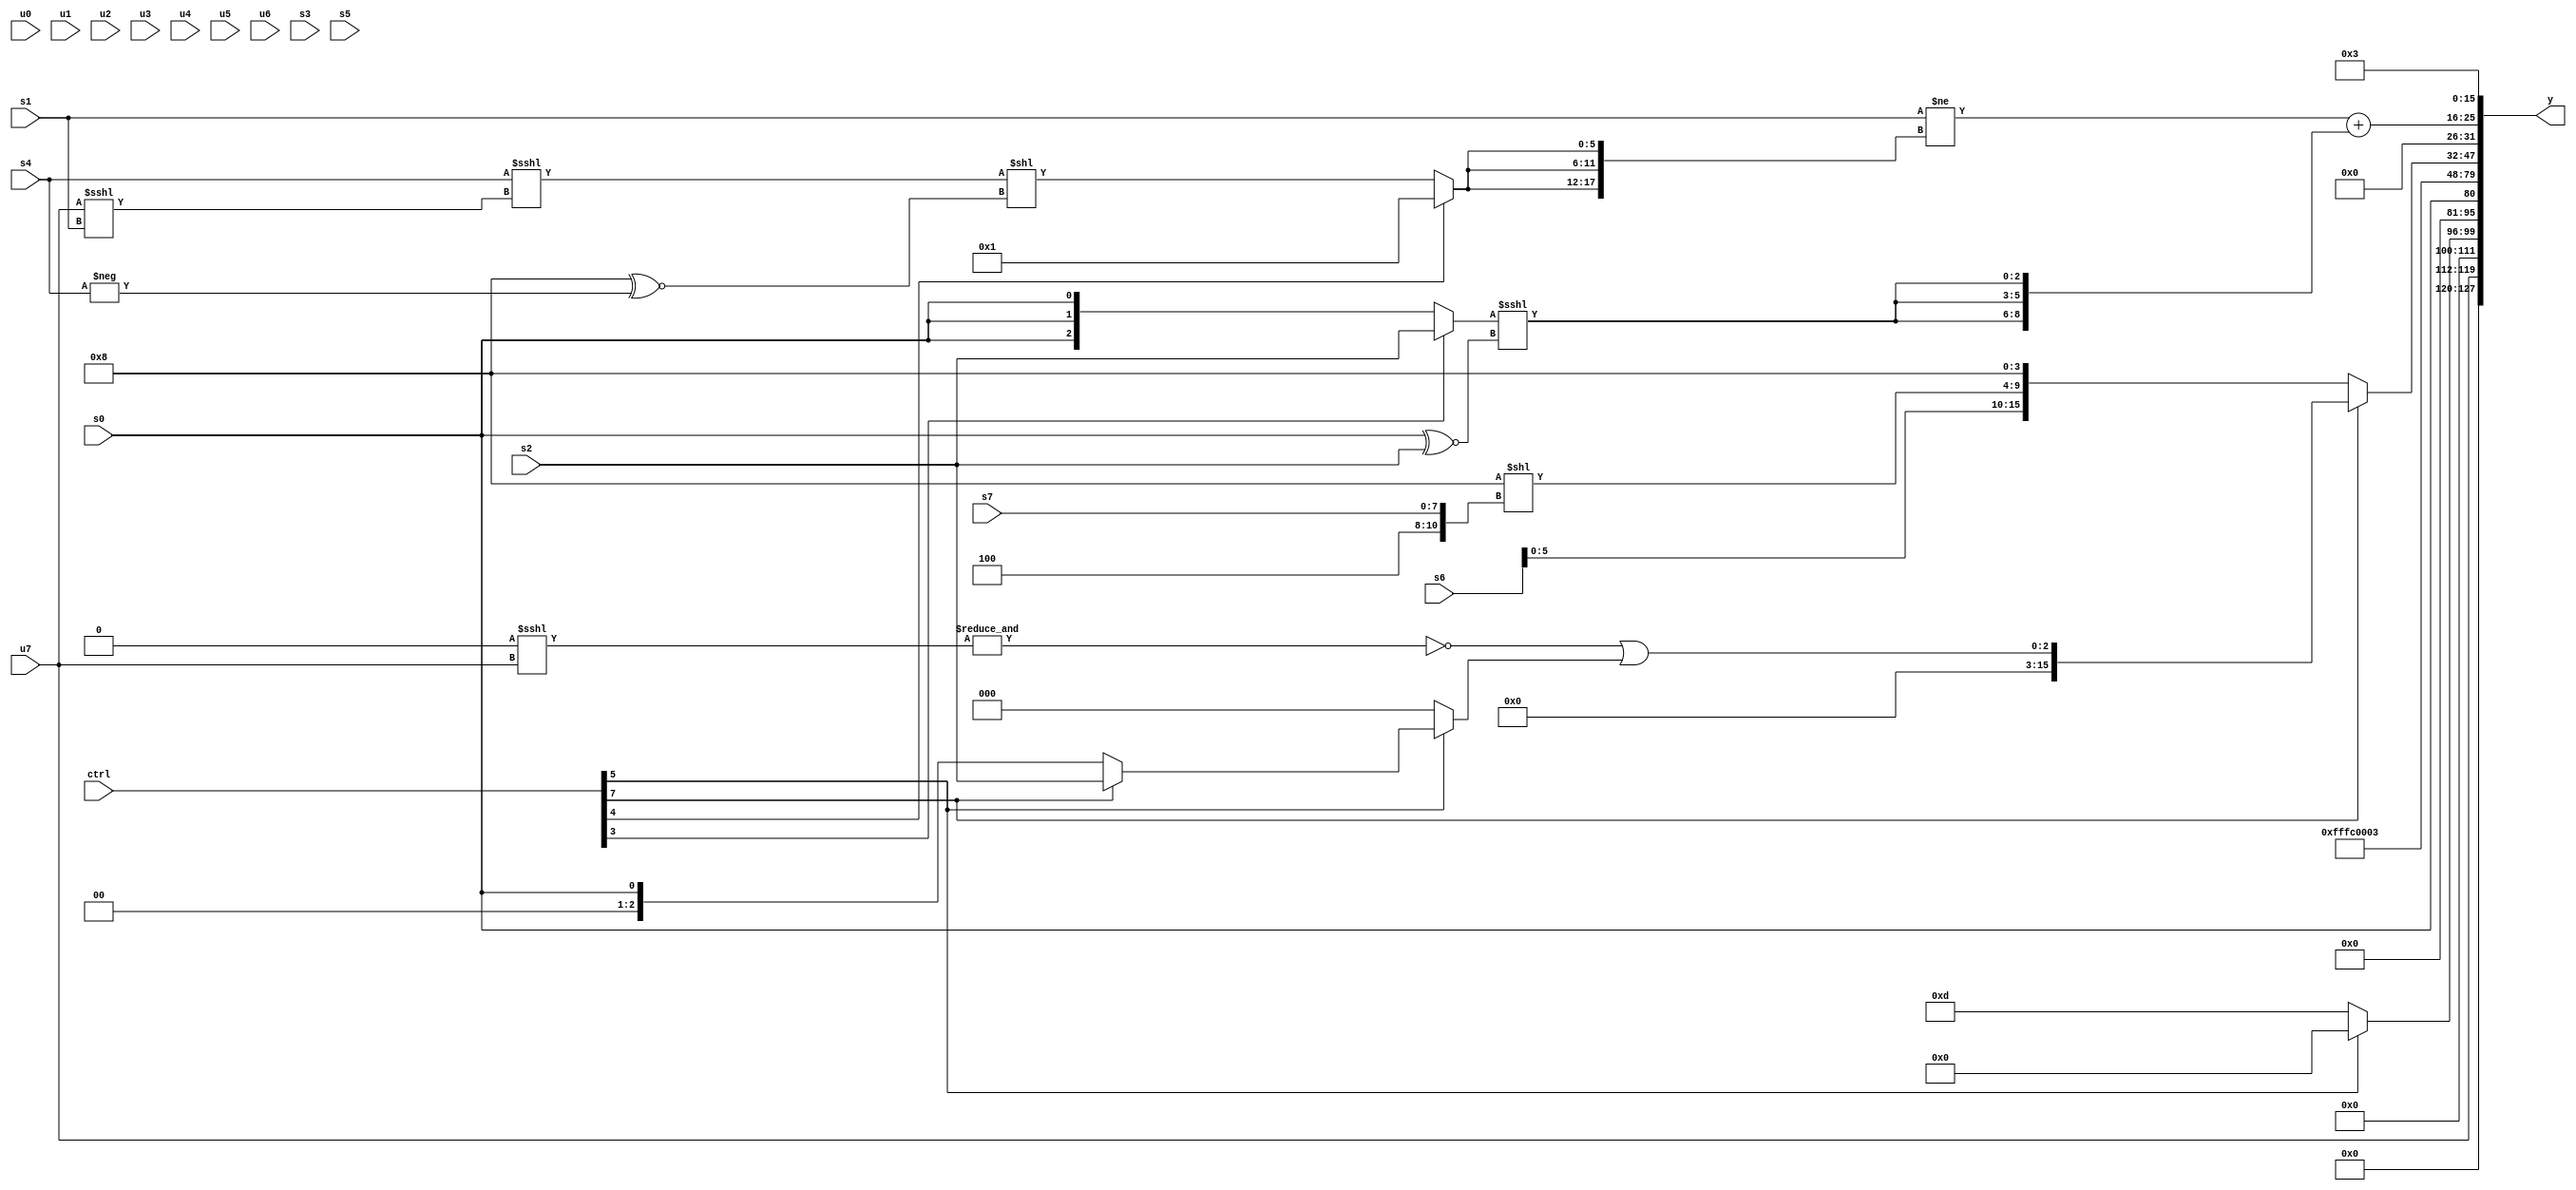
module wideexpr_00650(ctrl, u0, u1, u2, u3, u4, u5, u6, u7, s0, s1, s2, s3, s4, s5, s6, s7, y);
  input [7:0] ctrl;
  input [0:0] u0;
  input [1:0] u1;
  input [2:0] u2;
  input [3:0] u3;
  input [4:0] u4;
  input [5:0] u5;
  input [6:0] u6;
  input [7:0] u7;
  input signed [0:0] s0;
  input signed [1:0] s1;
  input signed [2:0] s2;
  input signed [3:0] s3;
  input signed [4:0] s4;
  input signed [5:0] s5;
  input signed [6:0] s6;
  input signed [7:0] s7;
  output [127:0] y;
  wire [15:0] y0;
  wire [15:0] y1;
  wire [15:0] y2;
  wire [15:0] y3;
  wire [15:0] y4;
  wire [15:0] y5;
  wire [15:0] y6;
  wire [15:0] y7;
  assign y = {y0,y1,y2,y3,y4,y5,y6,y7};
  assign y0 = u7;
  assign y1 = (ctrl[5]?-($signed($signed((($signed(1'sb0))&(2'sb01))>>>(3'sb111)))):+($unsigned(5'sb01101)));
  assign y2 = ^(s0);
  assign y3 = 6'sb111100;
  assign y4 = 4'sb0011;
  assign y5 = (ctrl[7]?(~&({2{{4{$signed((2'b00)<<<(u7))}}}}))|((ctrl[5]?(ctrl[7]?s2:s0):((($signed(6'sb101101))<=((6'sb110101)>>(s7)))+((3'b010)^~(s1)))>>>(6'sb111110))):{s3,+({s6,((2'sb00)^~(6'sb000111))<<(({2'b10,1'sb0,s7})<<(-(1'b0))),4'b1000})});
  assign y6 = ((s1)!=({3{(ctrl[4]?(4'sb0011)&(6'sb010101):(($signed(s4))<<<((u7)<<<(s1)))<<((4'sb1000)^~(-(s4))))}}))+({3{($signed($signed(+((ctrl[3]?s2:s0)))))<<<((s0)^~((ctrl[6]?s2:s2)))}});
  assign y7 = 3'sb011;
endmodule